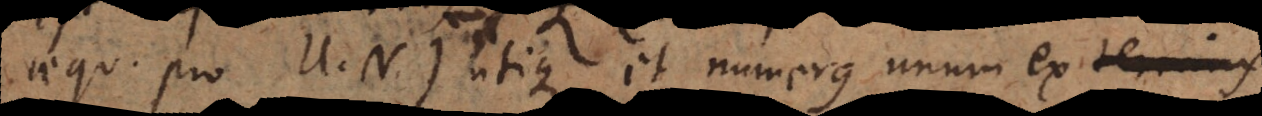
aequ. pro U. N.), utique et numerus unum ex